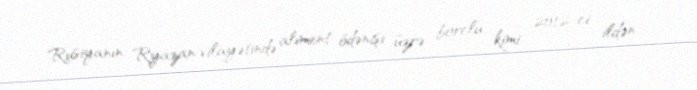
Rusiyanın Ryazan vilayətində aliment ödənişi üzrə borclu kimi 2012-ci ildən